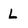
Character: L